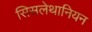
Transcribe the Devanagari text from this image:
सिसलेथानियन